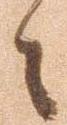
之